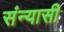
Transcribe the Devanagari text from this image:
संन्‍यासी